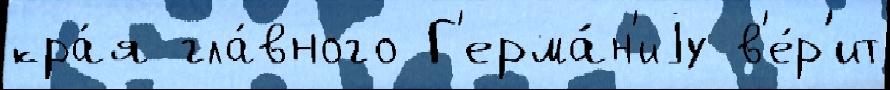
кра́я гла́вного Г'ерма́н'иjу в'е́р'ит